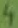
Text: 4